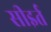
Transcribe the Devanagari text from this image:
सीइर्त